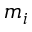
m _ { i }